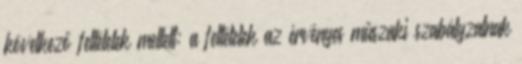
következő feltételek mellett: a feltételek az érvényes műszaki szabályzatnak